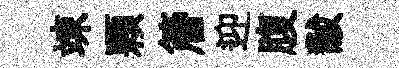
竦顆簷迎腹黻